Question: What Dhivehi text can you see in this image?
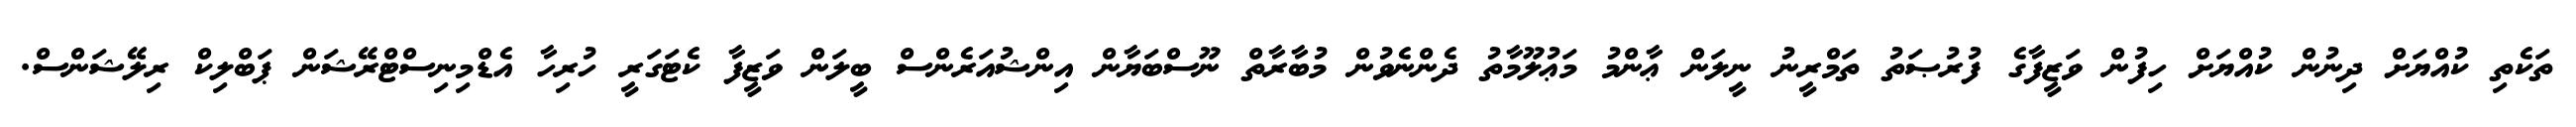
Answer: ތަކެތި ކުއްޔަށް ދިނުން ކުއްޔަށް ހިފުން ވަޒީފާގެ ފުރުޞަތު ތަމްރީނު ނީލަން ޢާންމު މަޢުލޫމާތު ދެންނެވުން މުބާރާތް ނޫސްބަޔާން އިންޝުއަރެންސް ބީލަން ވަޒީފާ ކެޓަގަރީ ހުރިހާ އެޑްމިނިސްޓްރޭޝަން ޕަބްލިކް ރިލޭޝަންސް.